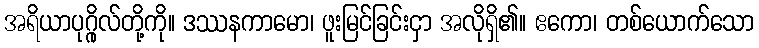
အရိယာပုဂ္ဂိုလ်တို့ကို။ ဒဿနကာမော၊ ဖူးမြင်ခြင်းငှာ အလိုရှိ၏။ ဧကော၊ တစ်ယောက်သော